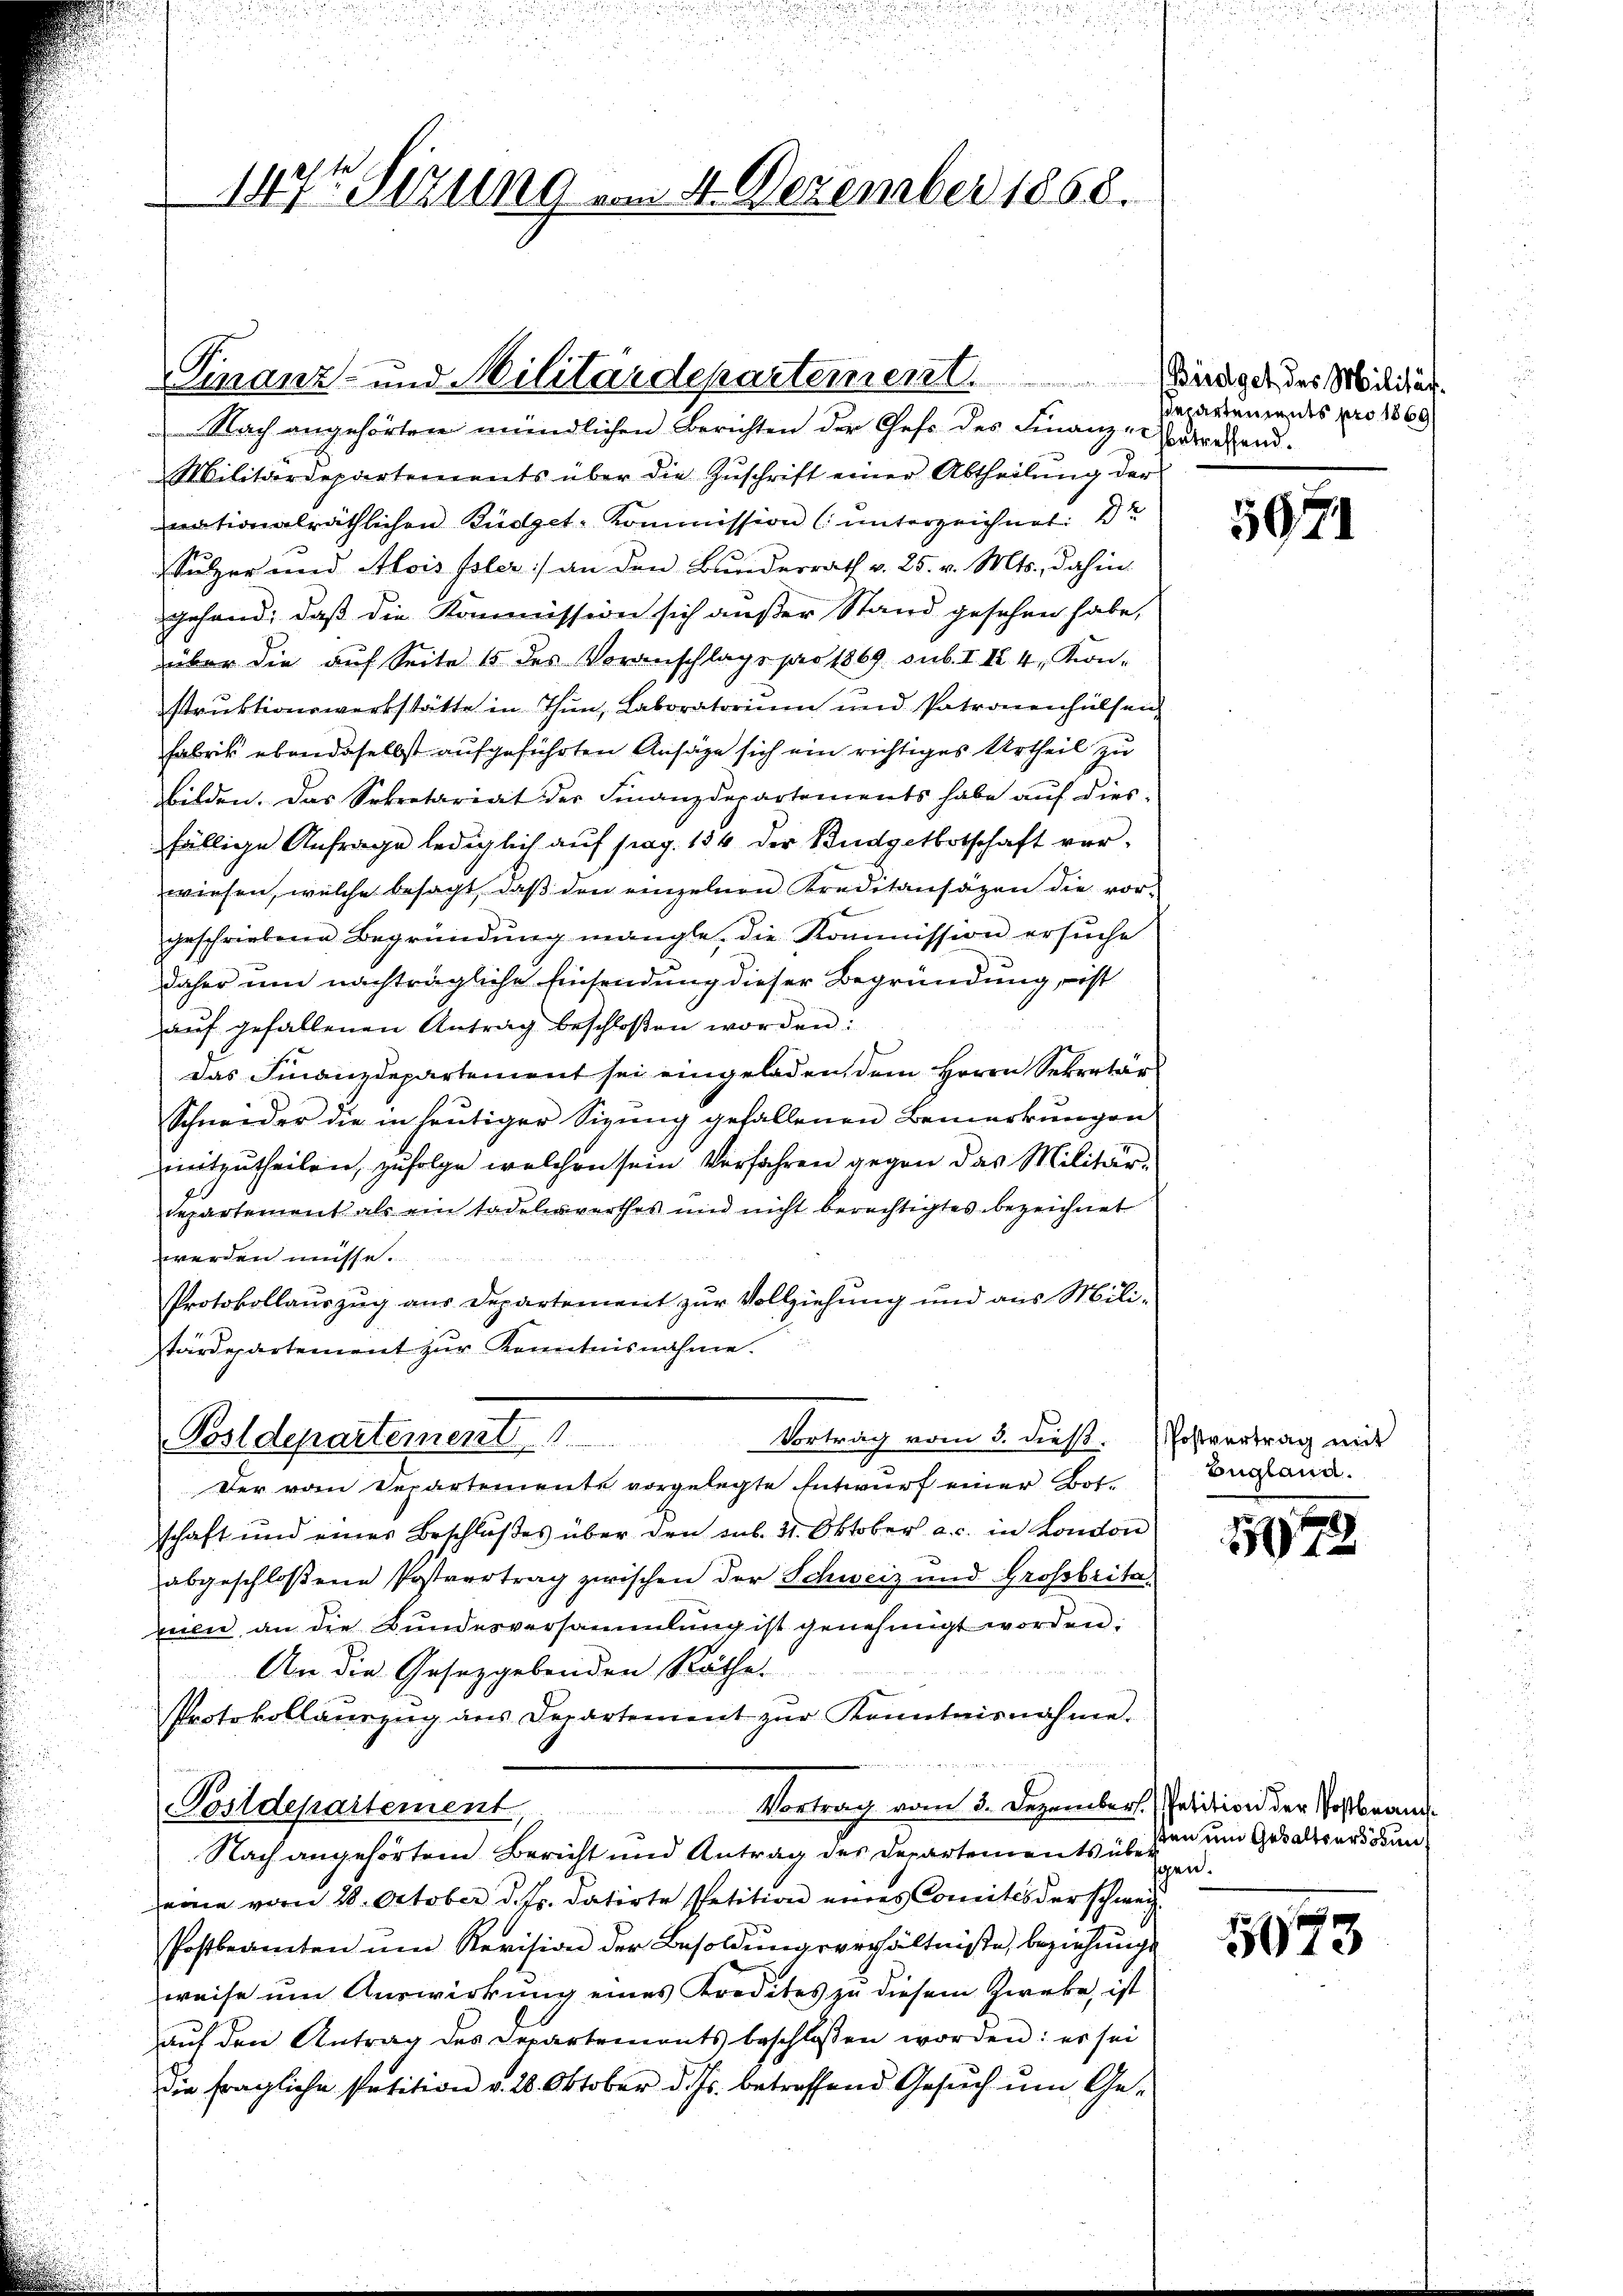
147t Sizung vom 4. Dezember 1868.

Nach angehörten mündlichen Berichten der Gefe des Finanzengetretend.
Militärdepartements über die Zŭschrift einer Abtheilŭng der
nationalräthlichen Büdget-Kommission (unterzeichnet: D
Sulzer und Alois Isler) an den Bundesrath v. 25. v. Mts., dahin
gehand, daß die Kommission sich außer Stand gesehen habe,
über die auf Seite 15 des Voranschlage pro 1869 sub. I S. 4. Kon-
struktionswerkstätte in Thun, Laboratorium und Patronenhülsen
Fabrik ebendaselbst aufgeführten Ansäge sich ein richtiges Urtheil zu
Bilden. Das Sekretariat der Finanzdepartements habe auf dies-
fällige Anfrage lediglich auf pag. 136 der Budgetbotschaft verwiesen, welche besagt, daß den einzelnen Kreditansäzen die vorgeschriebene Begründung mangle, die Kommission ersuche
daher um nachträgliche Einsendung dieser Begründung, – ist
aŭf gefallenen Antrag beschloßen worden:
Das Finanzdepartement sei eingeladen, dem Herrn Sekretär
Schneider die in heutiger Sizung gefallenen Bemerkungen
mitzutheilen, zufolge welchen sein Verfahren gegen das Militär¬
Repartement als ein tadelnswerthes und nicht berechtigtes bezeichnet
werden müsse.
Protokollauszug aus Departement zur Vollziehung und aus Milistärdepartement zur Kenntnisnahme.
Vortrag vom 3. dieß. Postvertrag mit
Bostdepartement
Der vom Departemente vorgelegte Entwurf einer Botschaft und eines Beschlŭβes über den sub. 31. Oktober a. c. in Kondon
abgeschloßene Postvertrag zwischen der Schweiz und Großbrita
meile an die Bundesversammlung ist genehmigt worden:
An die Gesetzgebenden Räthe
Protokollauszug aus Departement zŭr Kenntnisnahme.
Postdepartement Vortrag vom 3. Dezember Polition der Postbran
Nach angehörtem Bericht und Antrag des Departements übe
eine vom 28. October d. Js. datirte Petition eines Comités der schweiz
Postbeamten um Revision der Besoldungsverhältniße, beziehungs
weise um Auswirkung eines Kredites zu diesem Zweke, ist
auf den Antrag des Departements beschlossen worden: es sei
die fragliche Petition v. 28. Oktober d. Js. betreffend Gesuch um Ge¬

Finanz- und Militärdepartement. Wangel des Milder.

departements pro 1869

5924

Eugland.

172

ten und Gewaltserödung
schen.

5075